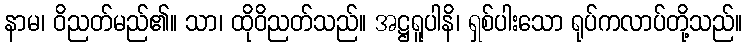
နာမ၊ ဝိညတ်မည်၏။ သာ၊ ထိုဝိညတ်သည်။ အဋ္ဌရူပါနိ၊ ရှစ်ပါးသော ရုပ်ကလာပ်တို့သည်။